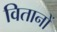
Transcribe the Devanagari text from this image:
वितानों